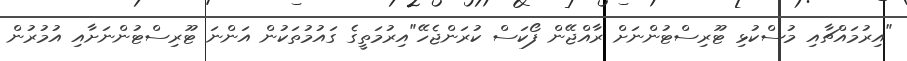
"އިރުމައްޗާއި މުސްކުޅި ޓޫރިސްޓުންނަށް ރާއްޖޭން ފޯކަސް ކުރަންޖެހޭ"އިރުމަތީގެ ގައުމުތަކުން އަންނަ ޓޫރިސްޓުންނަށާއި އުމުރުން